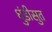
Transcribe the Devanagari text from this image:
धुंडीसुत